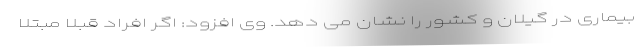
بیماری در گیلان و کشور را نشان می دهد. وی افزود: اگر افراد قبلا مبتلا